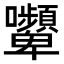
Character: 𭍔